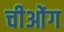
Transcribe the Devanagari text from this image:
चीओंग